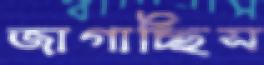
জাগাচ্ছিস